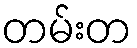
တမ်းတ